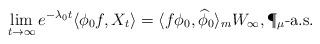
LaTeX: \begin{align*} \lim_{t\to\infty}e^{-\lambda_{0}t}\langle\phi_0f, X_t\rangle=\langle f\phi_0,{\widehat \phi}_0\rangle_m W_\infty, \P_{\mu}\mbox{-a.s.}\end{align*}